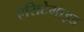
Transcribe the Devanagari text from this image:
एसिटेमाइड